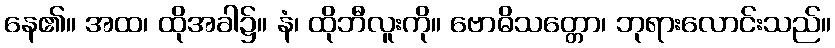
နေ၏။ အထ၊ ထိုအခါ၌။ နံ၊ ထိုဘီလူးကို။ ဗောဓိသတ္တော၊ ဘုရားလောင်းသည်။